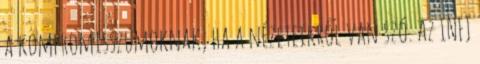
a kompromisszumoknak, ha a nézeteikről van szó. Az INFJ